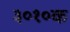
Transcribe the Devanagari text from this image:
३०१०क